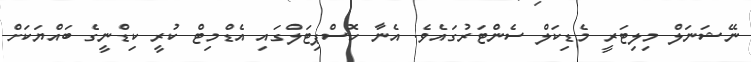
ނޭޝަނަލް މިލިޓަރީ މެޑިކަލް ސެންޓަރުގައެވެ. އެނާ ހޮސްޕިޓަލްގައި އެޑްމިޓް ކުރީ ކިޑްނީގެ ބައްޔަކަށް